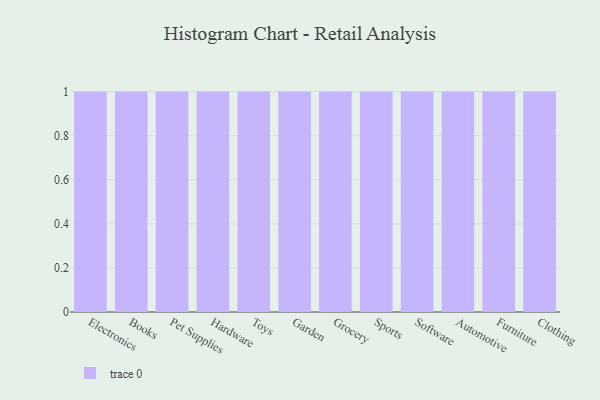
{"axis": {"x": "Category", "y": "Revenue (USD Million)"}, "legend": [""], "data": [{"x": "Electronics", "y": 78, "type": ""}, {"x": "Books", "y": 22, "type": ""}, {"x": "Pet Supplies", "y": 2, "type": ""}, {"x": "Hardware", "y": 75, "type": ""}, {"x": "Toys", "y": 31, "type": ""}, {"x": "Garden", "y": 69, "type": ""}, {"x": "Grocery", "y": 49, "type": ""}, {"x": "Sports", "y": 29, "type": ""}, {"x": "Software", "y": 53, "type": ""}, {"x": "Automotive", "y": 11, "type": ""}, {"x": "Furniture", "y": 44, "type": ""}, {"x": "Clothing", "y": 48, "type": ""}]}